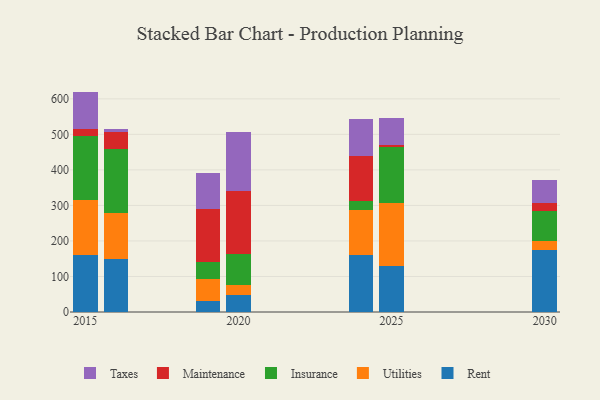
{"axis": {"x": "Year", "y": "LTV (USD)"}, "legend": ["Insurance", "Maintenance", "Rent", "Taxes", "Utilities"], "data": [{"x": "2016", "y": 148.2, "type": "Rent"}, {"x": "2016", "y": 131.4, "type": "Utilities"}, {"x": "2016", "y": 178.6, "type": "Insurance"}, {"x": "2016", "y": 47.9, "type": "Maintenance"}, {"x": "2016", "y": 9.0, "type": "Taxes"}, {"x": "2024", "y": 161.0, "type": "Rent"}, {"x": "2024", "y": 126.9, "type": "Utilities"}, {"x": "2024", "y": 23.5, "type": "Insurance"}, {"x": "2024", "y": 127.6, "type": "Maintenance"}, {"x": "2024", "y": 104.0, "type": "Taxes"}, {"x": "2030", "y": 174.9, "type": "Rent"}, {"x": "2030", "y": 25.0, "type": "Utilities"}, {"x": "2030", "y": 84.3, "type": "Insurance"}, {"x": "2030", "y": 23.2, "type": "Maintenance"}, {"x": "2030", "y": 62.8, "type": "Taxes"}, {"x": "2015", "y": 159.9, "type": "Rent"}, {"x": "2015", "y": 155.5, "type": "Utilities"}, {"x": "2015", "y": 179.3, "type": "Insurance"}, {"x": "2015", "y": 21.4, "type": "Maintenance"}, {"x": "2015", "y": 104.3, "type": "Taxes"}, {"x": "2020", "y": 48.9, "type": "Rent"}, {"x": "2020", "y": 27.5, "type": "Utilities"}, {"x": "2020", "y": 85.9, "type": "Insurance"}, {"x": "2020", "y": 179.5, "type": "Maintenance"}, {"x": "2020", "y": 164.6, "type": "Taxes"}, {"x": "2019", "y": 31.7, "type": "Rent"}, {"x": "2019", "y": 59.9, "type": "Utilities"}, {"x": "2019", "y": 49.0, "type": "Insurance"}, {"x": "2019", "y": 148.9, "type": "Maintenance"}, {"x": "2019", "y": 102.9, "type": "Taxes"}, {"x": "2025", "y": 130.0, "type": "Rent"}, {"x": "2025", "y": 177.5, "type": "Utilities"}, {"x": "2025", "y": 156.6, "type": "Insurance"}, {"x": "2025", "y": 6.2, "type": "Maintenance"}, {"x": "2025", "y": 75.5, "type": "Taxes"}]}